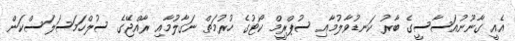
އެއީ ގާނޫނުއަސާސީގެ ބާރު ކަނޑުވާލުމާއި ސުޕްރީމް ކޯޓުގެ ހުރުމަތް ނަގާލުމާއި ރާއްޖޭގެ ސުލްހަމަސަލަސްކަން